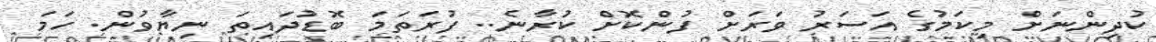
ކުދިންނަށް މިކަމުގެ އަސަރު ވަރަށް ފުންކޮށް ކުރާނެ.. ފުރަތަމަ ބޮޑުދައިތަ ނިޔާވުން. ހަމަ